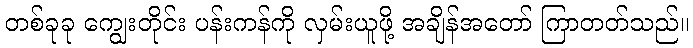
တစ်ခုခု ကျွေးတိုင်း ပန်းကန်ကို လှမ်းယူဖို့ အချိန်အတော် ကြာတတ်သည်။